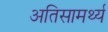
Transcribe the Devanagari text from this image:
अतिसामर्थ्य